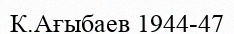
К.Ағыбаев 1944-47